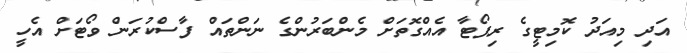
އަދި މިއަދު ކޮމިޓީގެ ރިޕޯޓާ އެއްގޮތަށް މެންބަރުންގެ ނަންތައް ފާސްކުރަން ވޯޓަށް އެހީ